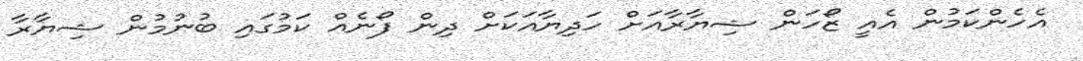
އެހެންކަމުން އެއީ ޒޯހަން ޝިޔާރާއަށް ހަދިޔާއަކަށް ދިން ފޯނެއް ކަމުގައި ބުނުމުން ޝިޔާރާ